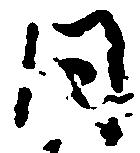
同